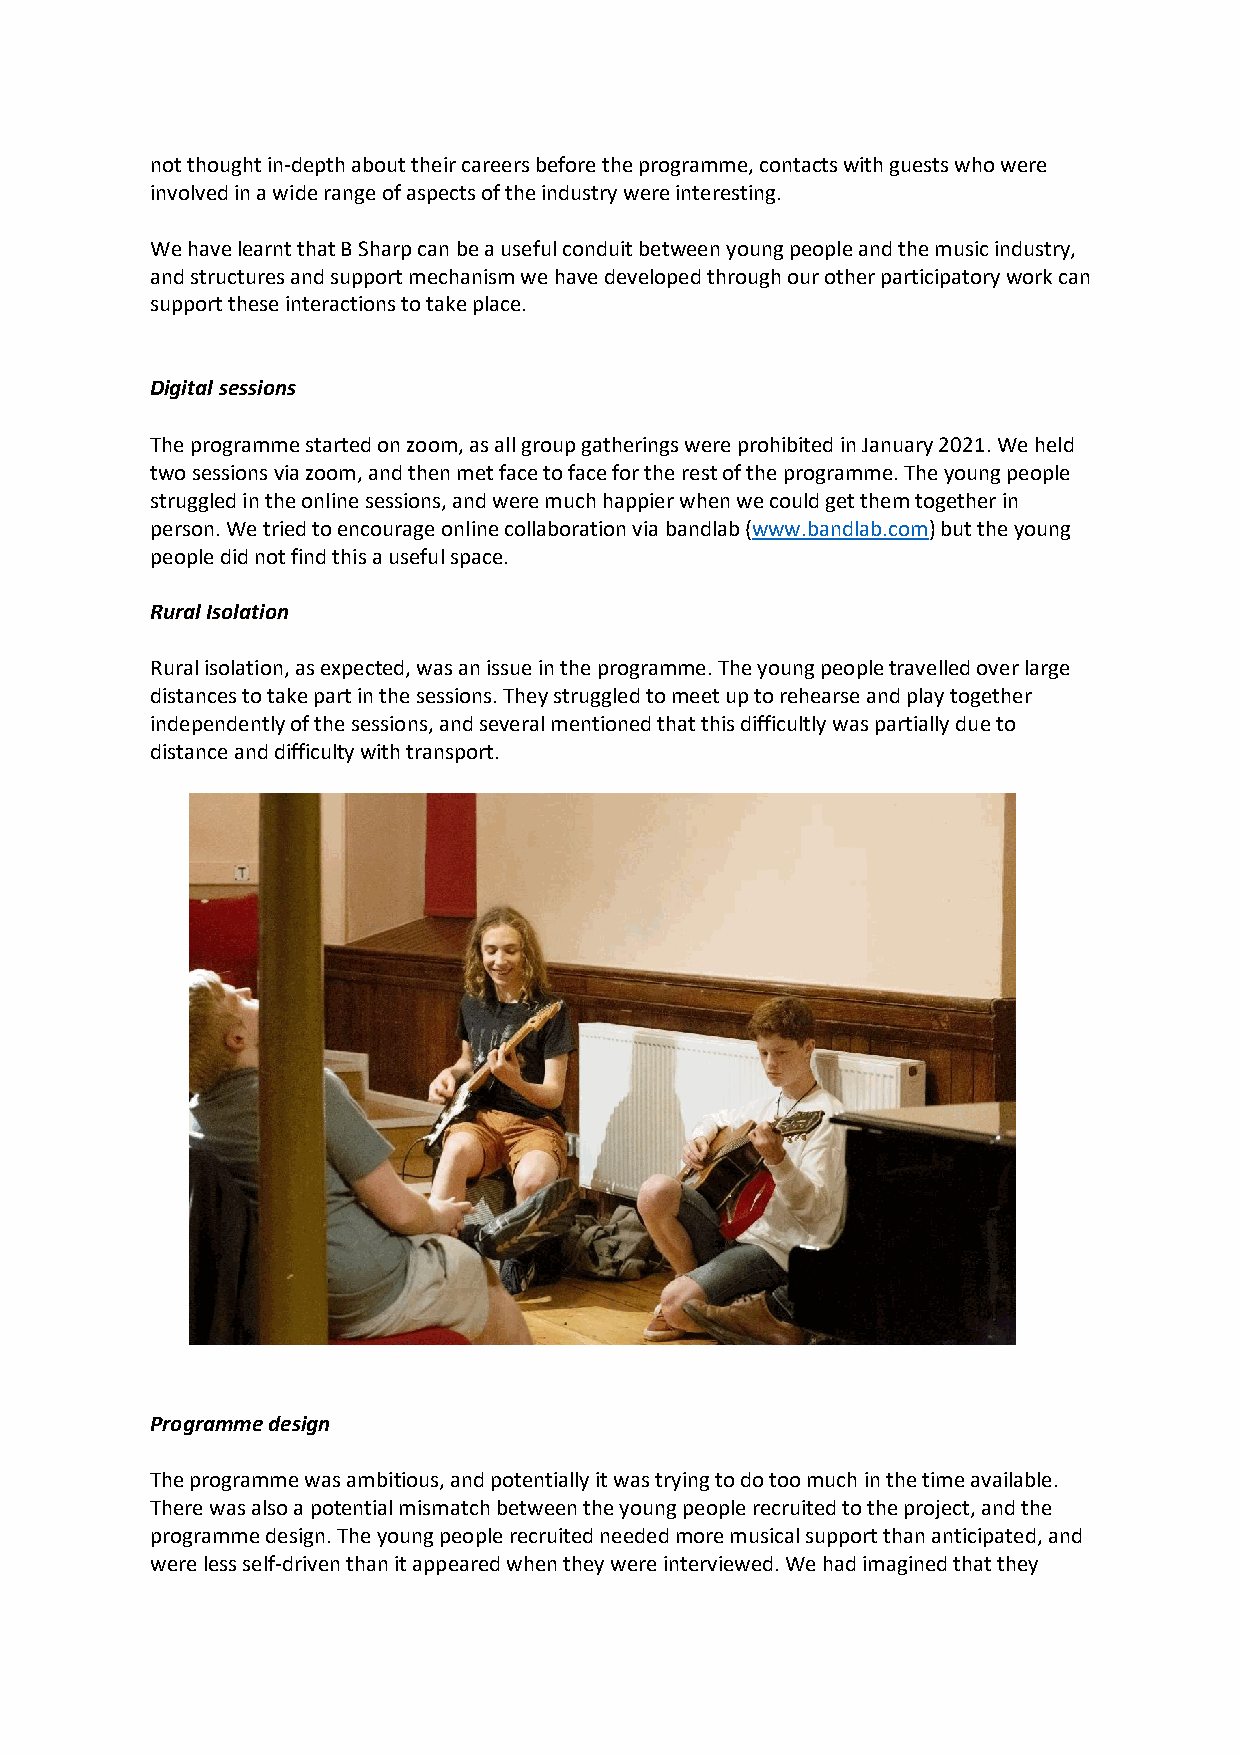
not thought in-depth about their careers before the programme, contacts with guests who were
 involved in a wide range of aspects of the industry were interesting.
 We have learnt that B Sharp can be a useful conduit between young people and the music industry,
 and structures and support mechanism we have developed through our other participatory work can
 support these interactions to take place.
 Digital sessions
 The programme started on zoom, as all group gatherings were prohibited in January 2021. We held
 two sessions via zoom, and then met face to face for the rest of the programme. The young people
 struggled in the online sessions, and were much happier when we could get them together in
 person. We tried to encourage online collaboration via bandlab (www.bandlab.com) but the young
 people did not find this a useful space.
 Rural Isolation
 Rural isolation, as expected, was an issue in the programme. The young people travelled over large
 distances to take part in the sessions. They struggled to meet up to rehearse and play together
 independently of the sessions, and several mentioned that this difficultly was partially due to
 distance and difficulty with transport.
 Programme design
 The programme was ambitious, and potentially it was trying to do too much in the time available.
 There was also a potential mismatch between the young people recruited to the project, and the
 programme design. The young people recruited needed more musical support than anticipated, and
 were less self-driven than it appeared when they were interviewed. We had imagined that they